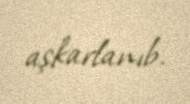
aşkarlanıb.